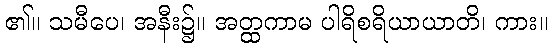
၏။ သမီပေ၊ အနီး၌။ အတ္ထကာမ ပါရိစရိယာယာတိ၊ ကား။